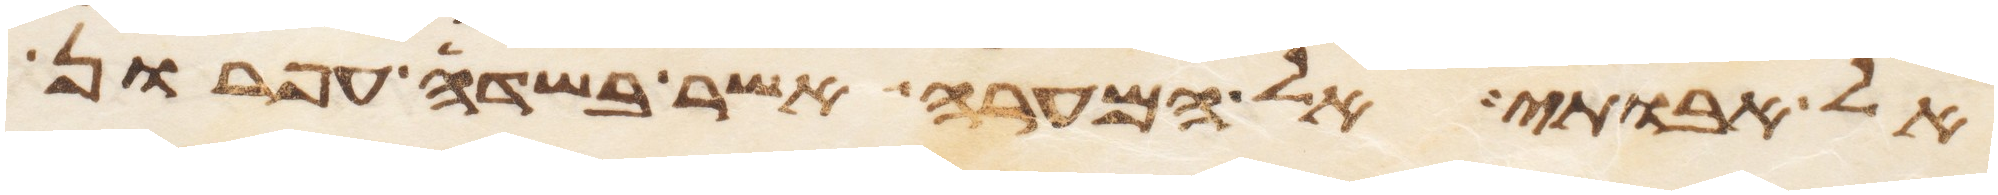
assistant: אל אבותי אל המערה אשר בשדה עפרון